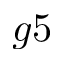
g 5